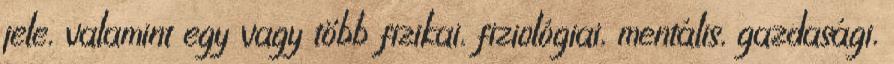
jele, valamint egy vagy több fizikai, fiziológiai, mentális, gazdasági,